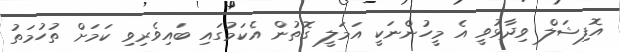
އޮފިޝަލް ވިދާޅުވީ އެ މީހުންނަކީ އަމަލީ ގޮތުން އެކަމުގައި ބައިވެރިވި ކަމަށް ތުހުމަތު